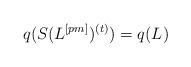
LaTeX: \begin{align*}q(S(L^{[pm]})^{(t)})=q(L)\end{align*}